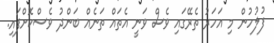
ފުލުހުން މި އަހަރު ތެރޭގައި ވެސް ވަނީ އެތައް ތަނެއް ބަންދު ވެސްކޮށްފައި.